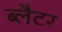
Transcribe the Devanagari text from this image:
ब्लैटर